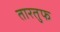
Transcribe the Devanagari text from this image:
तारतुफ